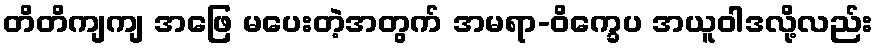
တိတိကျကျ အဖြေ မပေးတဲ့အတွက် အမရာ-ဝိက္ခေပ အယူဝါဒလို့လည်း